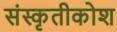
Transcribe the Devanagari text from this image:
संस्कृतीकोश